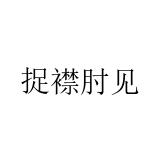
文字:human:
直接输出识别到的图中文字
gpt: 捉襟肘见